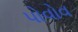
પોવોવ